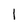
Character: 1